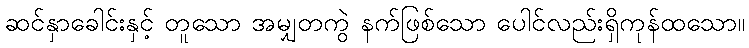
ဆင်နှာခေါင်းနှင့် တူသော အမျှတကွဲ နက်ဖြစ်သော ပေါင်လည်းရှိကုန်ထသော။